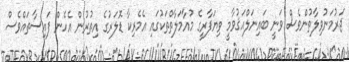
ޖަރުމަނުވިލާތުންވެސް ވަނީ ބައިނަލްއަޤުވާމީ ވިޔަފާރީގެ މުއާމަލާތްތަކުގައި އެމެރިކާ ޑޮލަރުގެ އިތުރުން އެހެން ފައިސާތައްވެސް